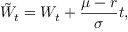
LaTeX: { \tilde { W } } _ { t } = W _ { t } + { \frac { \mu - r } { \sigma } } t ,